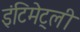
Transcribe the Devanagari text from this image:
इंटिमेट्ली